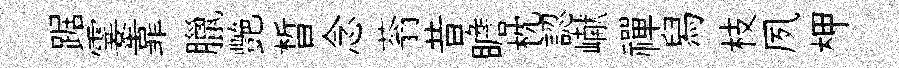
踞霎靠臘艷晳念蓊昔瞻枕認𪩘禪舄枝夙柙